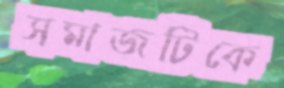
সমাজটিকে